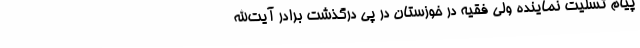
پیام تسلیت نماینده ولی فقیه در خوزستان در پی درگذشت برادر آیت‌الله